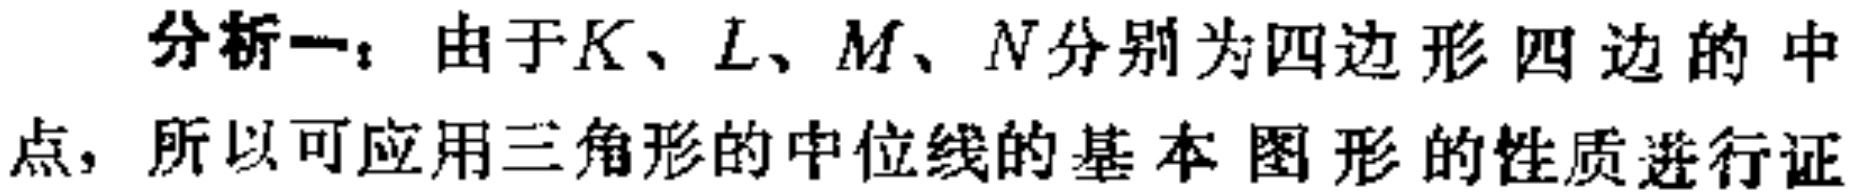
分析一：由于\(K、L、M、N\)分别为四边形四边的中点，所以可应用三角形的中位线的基本图形的性质进行证